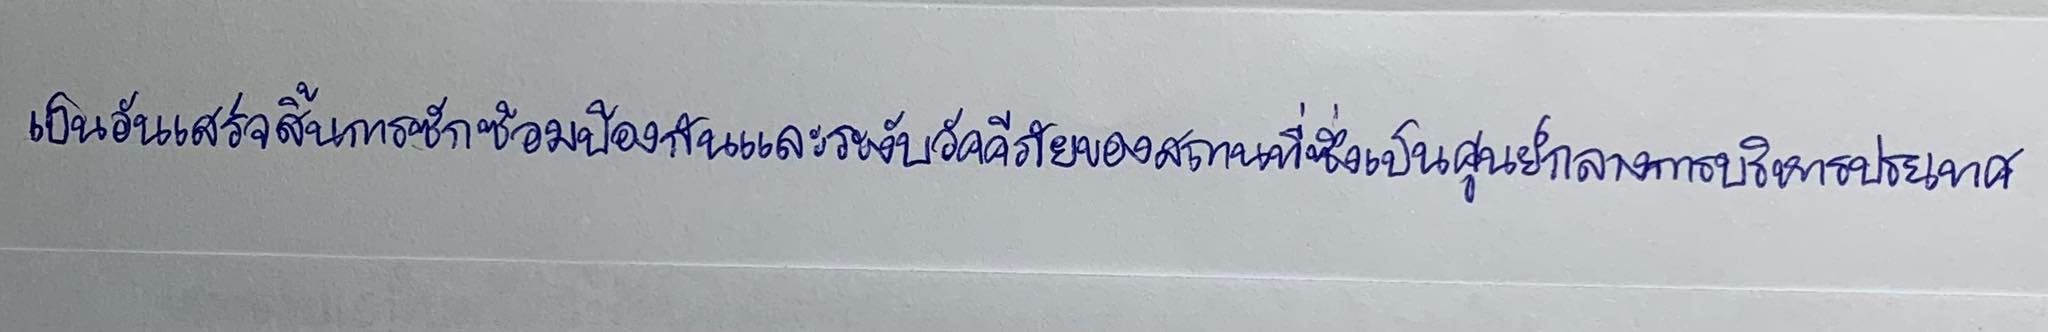
เป็นอันเสร็จสิ้นการซักซ้อมป้องกันและระงับอัคคีภัยของสถานที่ซึ่งเป็นศูนย์กลางการบริหารประเทศ